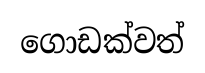
ගොඩක්වත්